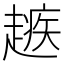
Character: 𧽑